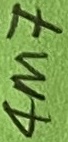
Text: 4M7